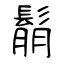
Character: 鬅